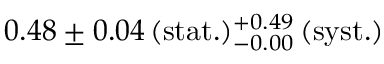
0 . 4 8 \pm 0 . 0 4 \, ( \mathrm { s t a t . } ) _ { - 0 . 0 0 } ^ { + 0 . 4 9 } \, ( \mathrm { s y s t . } )